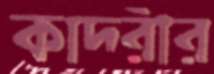
কাদরীর